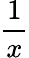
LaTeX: \frac{1}{x}